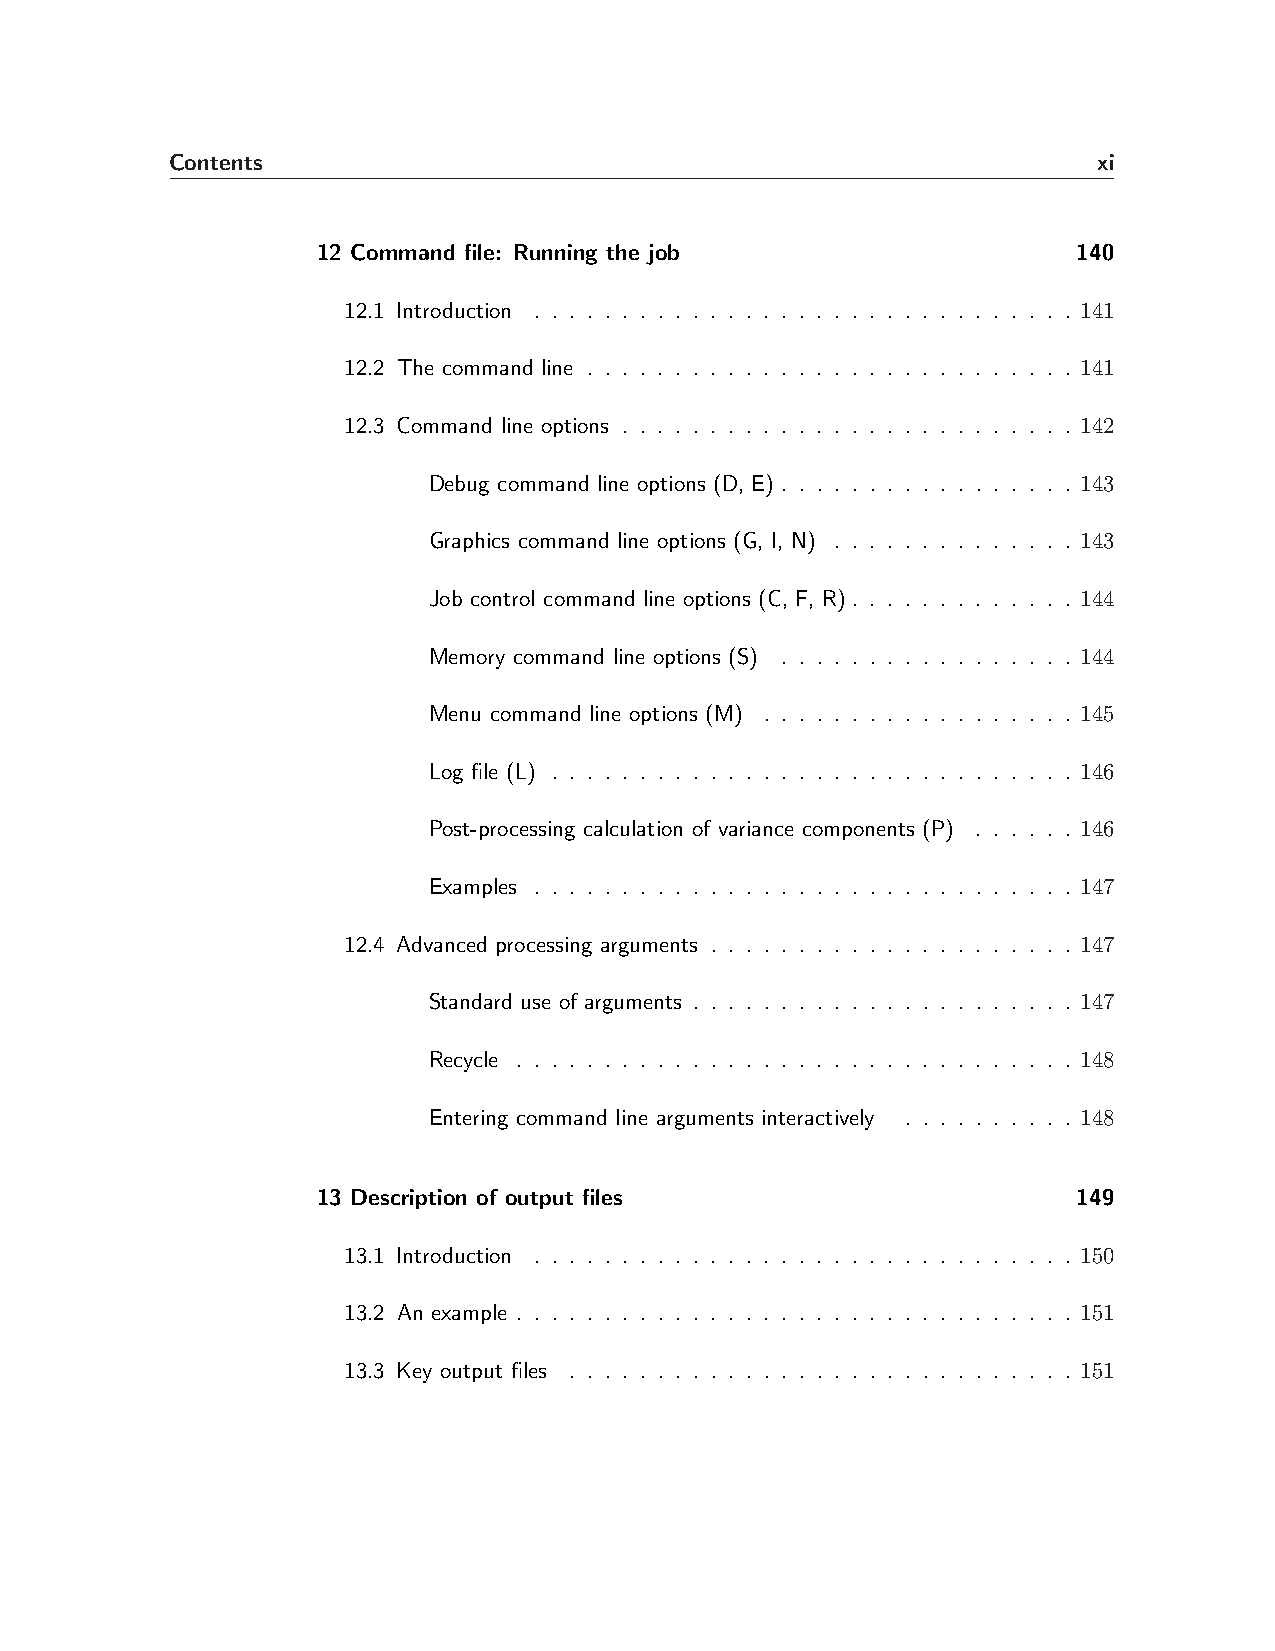
Contents                                                      xi
 12 Command file: Running the job                  140
 12.1 Introduction . . . . . . . . . . . . . . . . . . . . . . . . . . . . . . . 141
 12.2 The command line . . . . . . . . . . . . . . . . . . . . . . . . . . . . 141
 12.3 Command line options . . . . . . . . . . . . . . . . . . . . . . . . . . 142
 Debug command line options (D, E) . . . . . . . . . . . . . . . . . 143
 Graphics command line options (G, I, N) . . . . . . . . . . . . . . 143
 Job control command line options (C, F, R). . . . . . . . . . . . . 144
 Memory command line options (S) . . . . . . . . . . . . . . . . . 144
 Menu command line options (M) . . . . . . . . . . . . . . . . . . 145
 Log file (L) . . . . . . . . . . . . . . . . . . . . . . . . . . . . . . 146
 Post-processing calculation of variance components (P) . . . . . . 146
 Examples . . . . . . . . . . . . . . . . . . . . . . . . . . . . . . . 147
 12.4 Advanced processing arguments . . . . . . . . . . . . . . . . . . . . . 147
 Standard use of arguments . . . . . . . . . . . . . . . . . . . . . . 147
 Recycle . . . . . . . . . . . . . . . . . . . . . . . . . . . . . . . . 148
 Entering command line arguments interactively . . . . . . . . . . 148
 13 Description of output files                    149
 13.1 Introduction . . . . . . . . . . . . . . . . . . . . . . . . . . . . . . . 150
 13.2 An example . . . . . . . . . . . . . . . . . . . . . . . . . . . . . . . . 151
 13.3 Key output files . . . . . . . . . . . . . . . . . . . . . . . . . . . . . 151